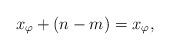
LaTeX: \begin{align*}x_\varphi+(n-m)=x_\varphi,\end{align*}